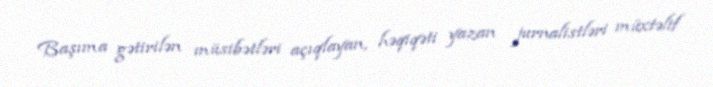
Başıma gətirilən müsibətləri açıqlayan, həqiqəti yazan jurnalistləri müxtəlif